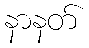
နာနတ်